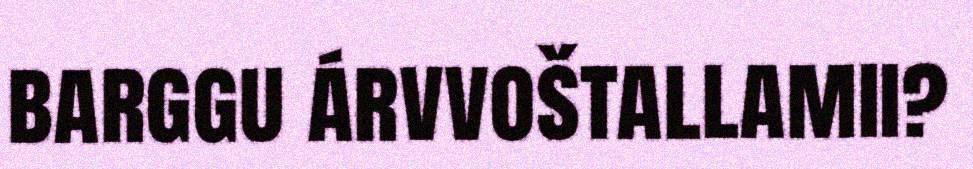
barggu árvvoštallamii?